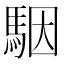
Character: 駰